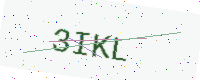
Text: 3IKL